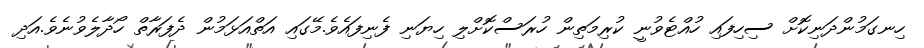
ހިނގަމުންދަނިކޮށް ސިހިފައި ހުއްޓެވުނީ ކުރިމަތިން ހުރަސްކޮށްލި ހިޔަނި ފެނިފައެވެ.މޭގައި އަތްއަޅަމުން ދެފަރާތް ހޯދާލެވުނެވެ.އަދި